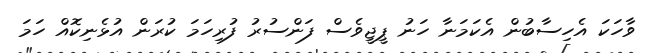
ވާހަކަ އެހިސާބުން އެކަމަނާ ހަނު ޕީޖީވެސް ފަންސުރު ފުރިހަމަ ކުރަން އުޅެނިކޮއް ހަމަ